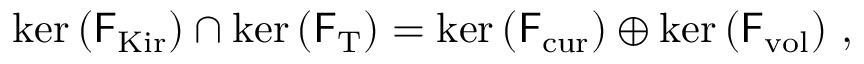
\begin{array} { r } { \mathrm { k e r } \left( \mathsf { F } _ { \mathrm { K i r } } \right) \cap \mathrm { k e r } \left( \mathsf { F } _ { \mathrm { T } } \right) = \mathrm { k e r } \left( \mathsf { F } _ { \mathrm { c u r } } \right) \oplus \mathrm { k e r } \left( \mathsf { F } _ { \mathrm { v o l } } \right) \, , } \end{array}